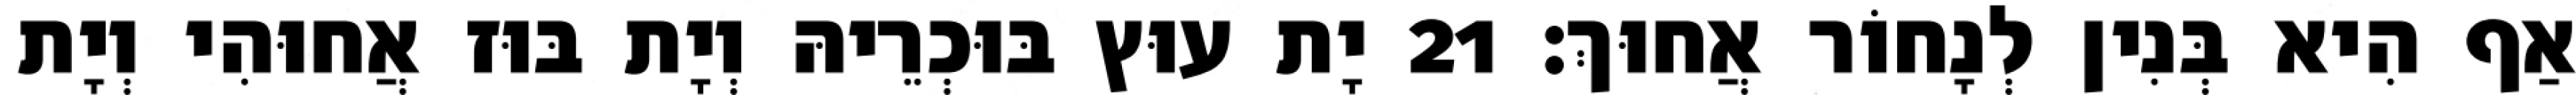
אַף הִיא בְּנִין לְנָחוֹר אֲחוּךְ׃ 21 יָת עוּץ בּוּכְרֵיהּ וְיָת בּוּז אֲחוּהִי וְיָת